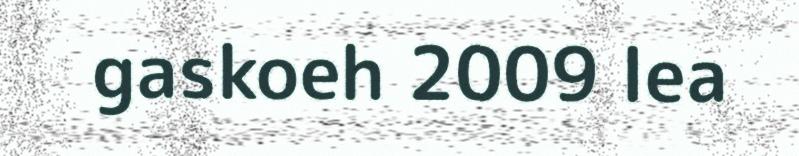
gaskoeh 2009 lea